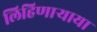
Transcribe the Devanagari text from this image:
लिहिणार्‍याया